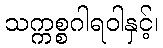
သက္ကစ္စဂါရဝါနှင့်၊